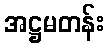
အဋ္ဌမတန်း